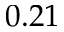
0 . 2 1